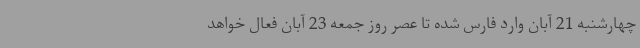
چهارشنبه 21 آبان وارد فارس شده تا عصر روز جمعه 23 آبان فعال خواهد